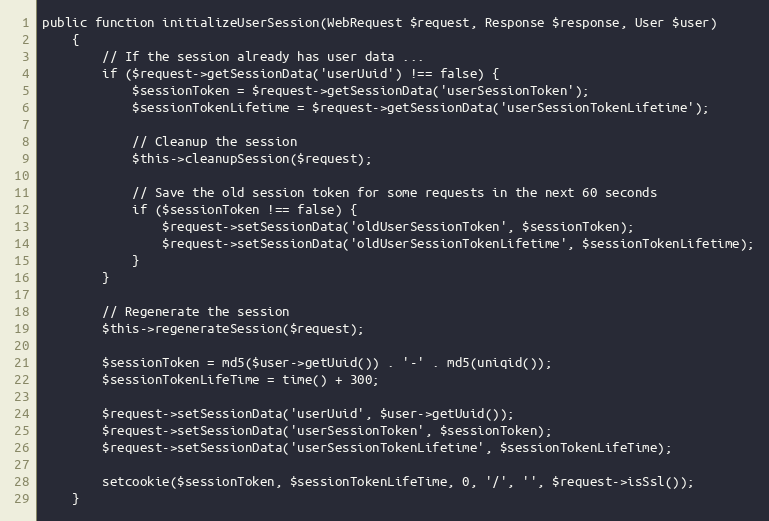
Language: PHP
public function initializeUserSession(WebRequest $request, Response $response, User $user)
    {
        // If the session already has user data ...
        if ($request->getSessionData('userUuid') !== false) {
            $sessionToken = $request->getSessionData('userSessionToken');
            $sessionTokenLifetime = $request->getSessionData('userSessionTokenLifetime');

            // Cleanup the session
            $this->cleanupSession($request);

            // Save the old session token for some requests in the next 60 seconds
            if ($sessionToken !== false) {
                $request->setSessionData('oldUserSessionToken', $sessionToken);
                $request->setSessionData('oldUserSessionTokenLifetime', $sessionTokenLifetime);
            }
        }

        // Regenerate the session
        $this->regenerateSession($request);

        $sessionToken = md5($user->getUuid()) . '-' . md5(uniqid());
        $sessionTokenLifeTime = time() + 300;

        $request->setSessionData('userUuid', $user->getUuid());
        $request->setSessionData('userSessionToken', $sessionToken);
        $request->setSessionData('userSessionTokenLifetime', $sessionTokenLifeTime);

        setcookie($sessionToken, $sessionTokenLifeTime, 0, '/', '', $request->isSsl());
    }